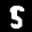
Label: 5